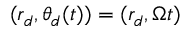
( r _ { d } , \theta _ { d } ( t ) ) = ( r _ { d } , \Omega t )